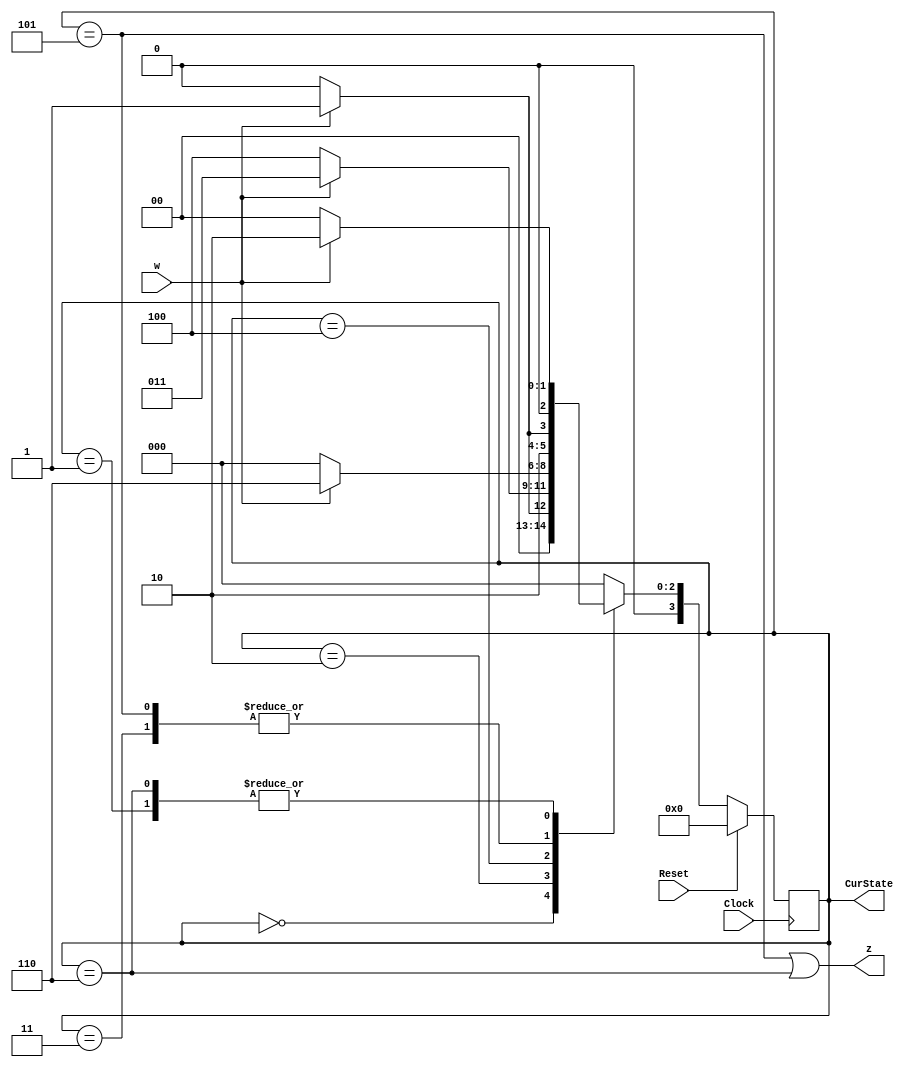
//SW[0] reset when 0
//SW[1] input signal

//KEY[0] clock signal

//LEDR[3:0] displays current state
//LEDR[9] displays output

module part1(Clock, Reset, w, z, CurState);
    input Clock;
    input Reset;
    input w;
    output z;
    output [3:0] CurState;

    reg [3:0] y_Q, Y_D; // y_Q represents current state, Y_D represents next state

    localparam A = 4'b0000, B = 4'b0001, C = 4'b0010, D = 4'b0011, E = 4'b0100, F = 4'b0101, G = 4'b0110;


    //State table
    //The state table should only contain the logic for state transitions
    //Do not mix in any output logic. The output logic should be handled separately.
    //This will make it easier to read, modify and debug the code.
    always@(*)
    begin: state_table
        case (y_Q)
            A: begin
                   if (!w) Y_D = A;
                   else Y_D = B;
               end
            B: begin
                   if(!w) Y_D = A;
                   else Y_D = C;
               end
            C: begin
						if(!w) Y_D = E;
						else Y_D = D;
					end
            D: begin
						if(!w) Y_D = E;
						else Y_D = F;
					end
            E: begin
						if(!w) Y_D = A;
						else Y_D = G;
					end
            F: begin
						if(!w) Y_D = E;
						else Y_D = F;
					end
            G: begin
						if(!w) Y_D = A;
						else Y_D = C;
					end
            default: Y_D = A;
        endcase
    end // state_table

    // State Registers
    always @(posedge Clock)
    begin: state_FFs
        if(Reset == 1'b1)
            y_Q <= A; // Should set reset state to state A
        else
            y_Q <= Y_D;
    end // state_FFS

    // Output logic
    // Set z to 1 to turn on LED when in state G or F
    assign z = ((y_Q == F) | (y_Q == G));

    assign CurState = y_Q;
	
endmodule